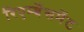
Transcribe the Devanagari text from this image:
रिएर्म्बेसमेंट